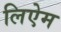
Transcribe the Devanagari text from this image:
लिऐम